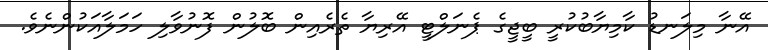
އޭނާ މިލަނޑު ކާމިޔާބުކުރީ ބީޖީގެ ޕެނަލްޓީ އޭރިޔާ ތެރެއިން ބޮލުން ފޮނުވާލި ހަމަލާއަކުންނެވެ.